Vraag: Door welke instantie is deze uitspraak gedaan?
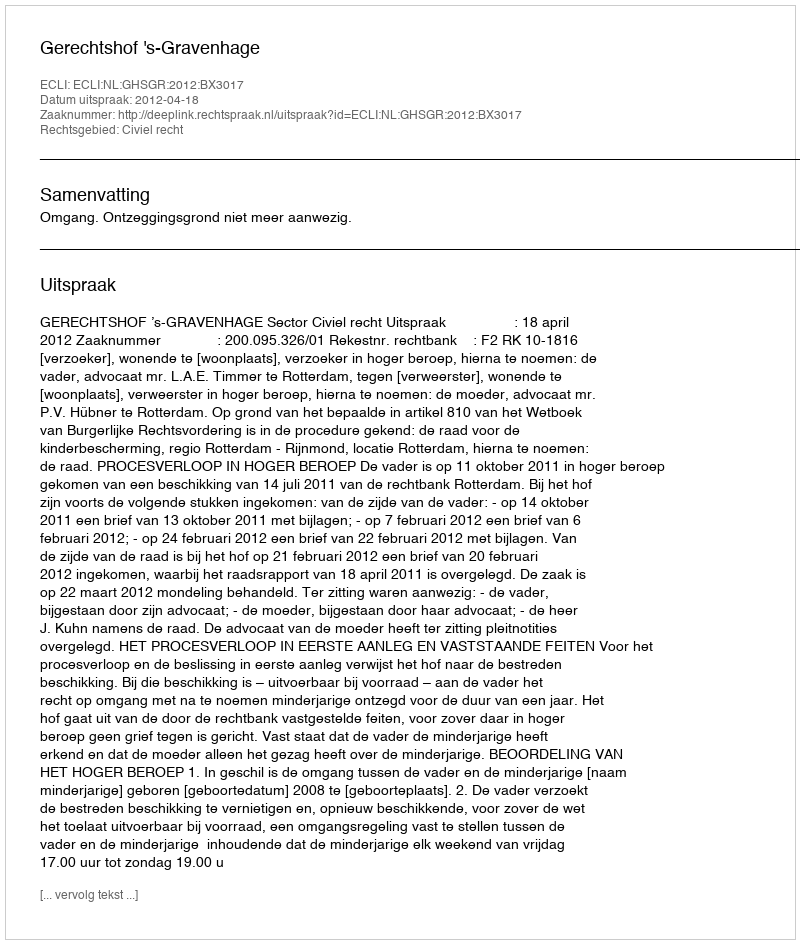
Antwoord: Gerechtshof 's-Gravenhage